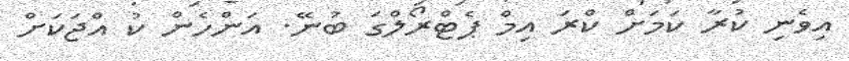
އިވެނި ކުރާ ކަމަށް ކްރަ އިމް ޕެޓްރޯލްގަ ބުނޭ. އަންހެން ކު އްޖަކަށް